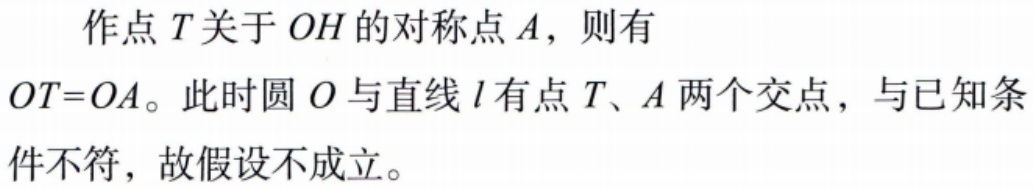
作点\(T\)关于\(OH\)的对称点\(A\)，则有\(OT = OA\)。此时圆\(O\)与直线\(l\)有点\(T\)、\(A\)两个交点，与已知条件不符，故假设不成立。